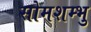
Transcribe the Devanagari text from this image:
सोमशम्भु